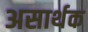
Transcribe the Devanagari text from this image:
असार्थक